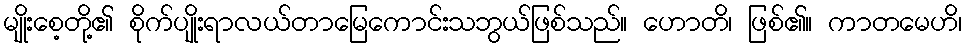
မျိုးစေ့တို့၏ စိုက်ပျိုးရာလယ်တာမြေကောင်းသဘွယ်ဖြစ်သည်။ ဟောတိ၊ ဖြစ်၏။ ကာတမေဟိ၊